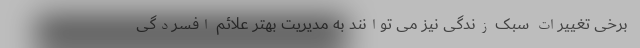
برخی تغییرات سبک زندگی نیز می توانند به مدیریت بهتر علائم افسردگی